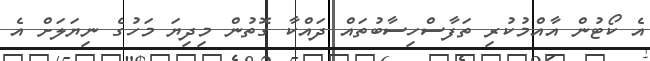
އެ ކޯޓުން އާއްމުކުރި ތަފާސްހިސާބުތައް ދައްކާ ގޮތުން މިދިޔަ މަހުގެ ނިޔަލަށް އެ